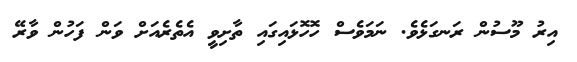
އިރު މޫސުން ރަނގަޅެވެ. ނަމަވެސް ހޮހޮޅައިގައި ތާށިވީ އެތެރެއަށް ވަން ފަހުން ވާރޭ